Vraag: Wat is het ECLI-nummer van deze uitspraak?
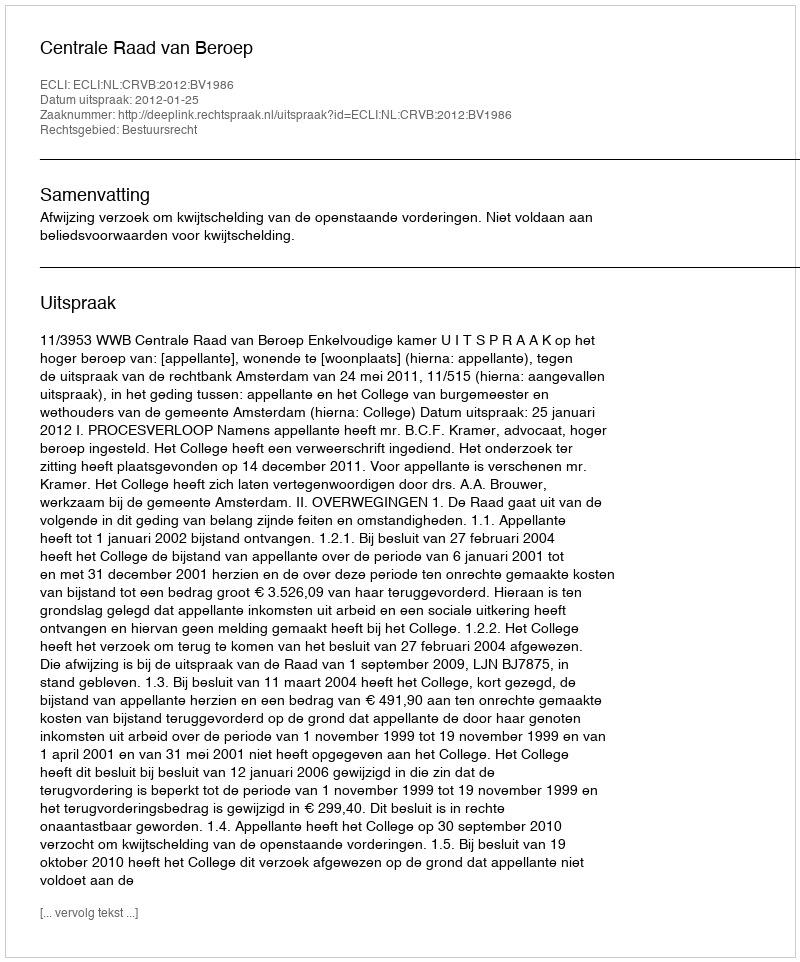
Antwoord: ECLI:NL:CRVB:2012:BV1986